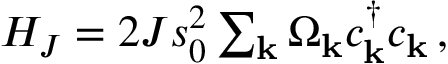
\begin{array} { r } { H _ { J } = 2 J s _ { 0 } ^ { 2 } \sum _ { \bf k } \Omega _ { \bf k } c _ { \bf k } ^ { \dagger } c _ { \bf k } \, , } \end{array}